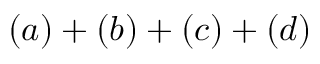
( a ) + ( b ) + ( c ) + ( d )